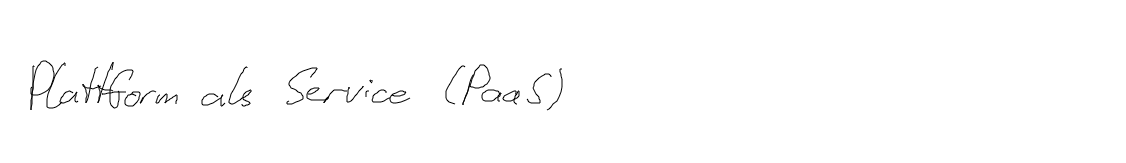
Plattform als Service (PaaS)